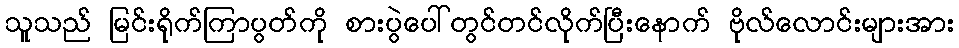
သူသည် မြင်းရိုက်ကြာပွတ်ကို စားပွဲပေါ်တွင်တင်လိုက်ပြီးနောက် ဗိုလ်လောင်းများအား